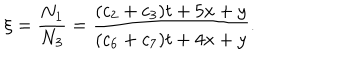
\xi = \frac { N _ { 1 } } { N _ { 3 } } = \frac { ( c _ { 2 } + c _ { 3 } ) t + 5 x + y } { ( c _ { 6 } + c _ { 7 } ) t + 4 x + y } .